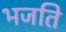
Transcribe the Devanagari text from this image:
भजति